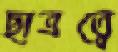
ছাত্রত্বে